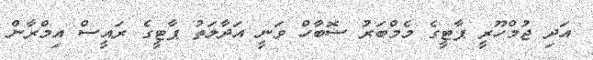
އަދި ޖުމްހޫރީ ޕާޓީގެ މެމްބަރު ސޮބާހް ވަނީ އަދާލަތު ޕާޓީގެ ރައީސް އިމްރާން